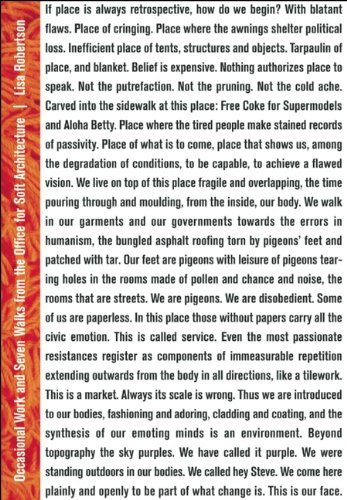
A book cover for Occasional Work and Seven Walks from the Office for Soft Architecture; Lisa Robertson; Arts & Photography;